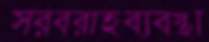
সরবরাহব্যবস্থা